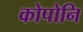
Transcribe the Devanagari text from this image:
कोपोनि